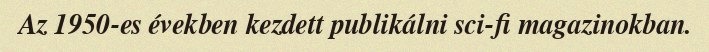
Az 1950-es években kezdett publikálni sci-fi magazinokban.